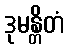
ဒုမန္တိတံ